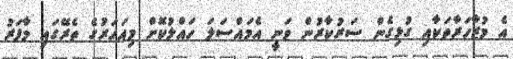
އެ މުޒާހަރާތަކާއި ގުޅިގެން ސަރުކާރުން ވަނީ އެމައްސަލަ ހައްލުކޮށް މިއަހަރުގެ ތެރޭގައި މާފަރު